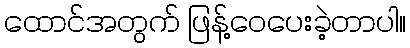
ထောင်အတွက် ဖြန့်ဝေပေးခဲ့တာပါ။